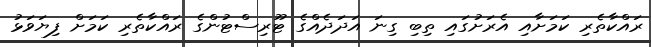
ރައްކާތެރި ކަމަށާއި އެރަށުގައި ތިބި ގިނަ އަދަދެއްގެ ޓޫރިސްޓުންގެ ރައްކާތެރި ކަމަށް ފިޔަވަޅު